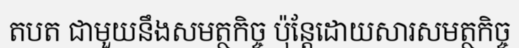
តបត ជាមួយនឹងសមត្ថកិច្ច ប៉ុន្តែដោយសារសមត្ថកិច្ច